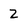
Character: 2